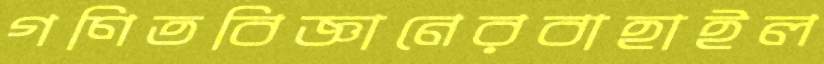
গণিতবিজ্ঞানেরবাহাইল